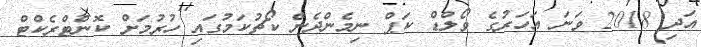
އަދި 2018 ވަނަ އަހަރުގެ ވޯލްޑް ކަޕް ނިމެންދެން ކޯޗުކަމުގައި ހުރުމަށް ކޮންޓްރެކްޓް